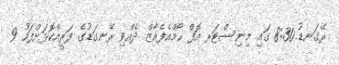
ރޭގަނޑު 8:30 ގައި މިނިސްޓަރ އޮފް ހޯމްއެފެއާޒް ދެއްވި ރޭނގަޑުގެ ފަރީއްކޮޅަށްފަހު 9